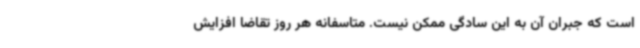
است که جبران آن به این سادگی ممکن نیست. متاسفانه هر روز تقاضا افزایش